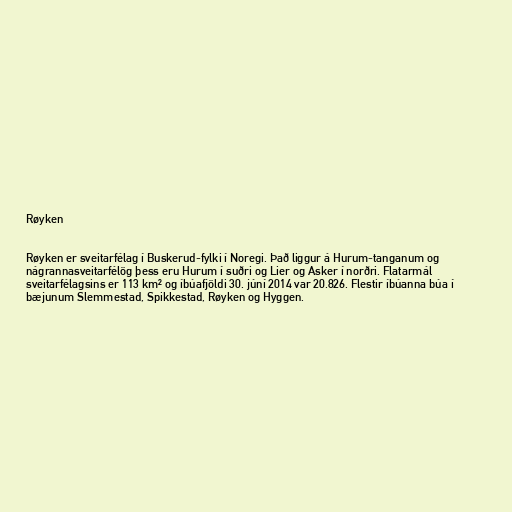
Røyken

Røyken er sveitarfélag í Buskerud-fylki í Noregi. Það liggur á Hurum-tanganum og
nágrannasveitarfélög þess eru Hurum í suðri og Lier og Asker í norðri. Flatarmál
sveitarfélagsins er 113 km² og íbúafjöldi 30. júní 2014 var 20.826. Flestir íbúanna búa í
bæjunum Slemmestad, Spikkestad, Røyken og Hyggen.